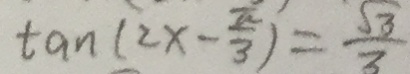
\tan ( 2 x - \frac { \pi } { 3 } ) = \frac { \sqrt { 3 } } { 3 }